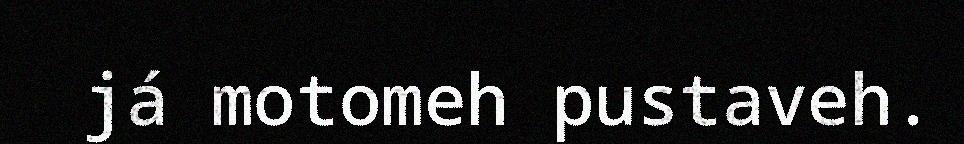
já motomeh pustaveh.